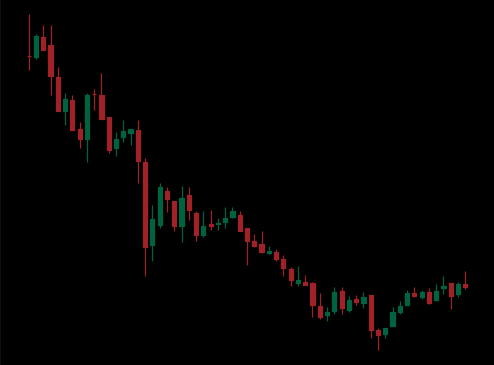
Pattern: bull_flag